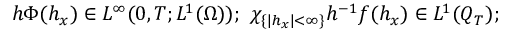
h \Phi ( h _ { x } ) \in L ^ { \infty } ( 0 , T ; L ^ { 1 } ( \Omega ) ) ; \ \chi _ { \{ | h _ { x } | < \infty \} } h ^ { - 1 } f ( h _ { x } ) \in L ^ { 1 } ( Q _ { T } ) ;